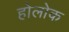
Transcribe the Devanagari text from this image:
होलोक